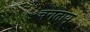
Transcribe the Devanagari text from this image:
चगताय